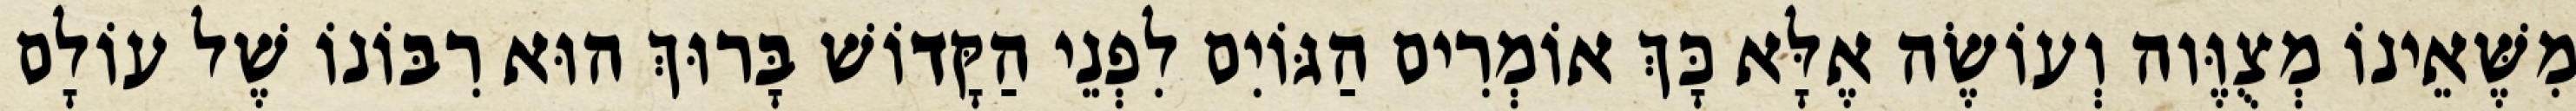
מִשֶּׁאֵינוֹ מְצֻוֶּוה וְעוֹשֶׂה אֶלָּא כָּךְ אוֹמְרִים הַגּוֹיִם לִפְנֵי הַקָּדוֹשׁ בָּרוּךְ הוּא רִבּוֹנוֹ שֶׁל עוֹלָם